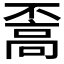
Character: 𩫇